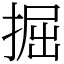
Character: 掘